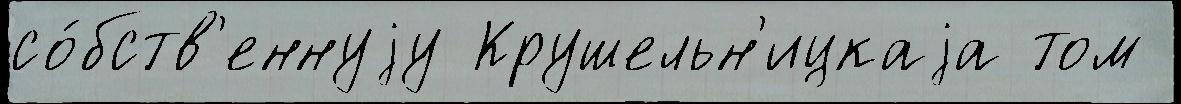
со́бств'еннуjу Крушельн'ицкаjа том